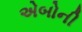
એબોની